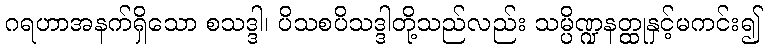
ဂရဟာအနက်ရှိသော စသဒ္ဒါ၊ ပိသစပိသဒ္ဒါတို့သည်လည်း သမ္ပိဏ္ဍနတ္ထုနှင့်မကင်း၍